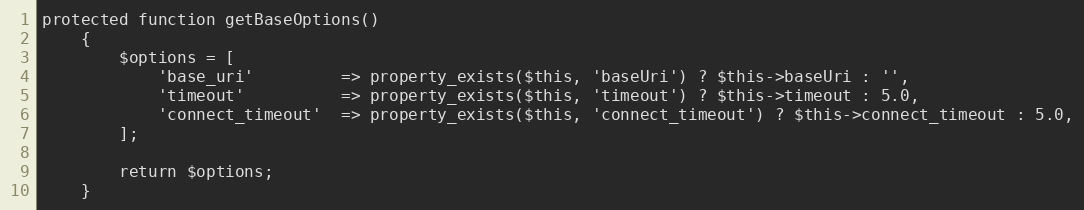
Language: PHP
protected function getBaseOptions()
    {
        $options = [
            'base_uri'         => property_exists($this, 'baseUri') ? $this->baseUri : '',
            'timeout'          => property_exists($this, 'timeout') ? $this->timeout : 5.0,
            'connect_timeout'  => property_exists($this, 'connect_timeout') ? $this->connect_timeout : 5.0,
        ];

        return $options;
    }